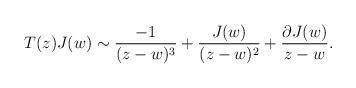
LaTeX: \begin{align*} T(z) J(w) \sim \frac{-1}{(z-w)^3} + \frac{J(w)}{(z-w)^2} + \frac{\partial J(w)}{z-w}.\end{align*}